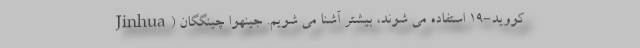
کووید-19 استفاده می شوند، بیشتر آشنا می شویم. جینهوا چینگگان (Jinhua